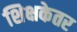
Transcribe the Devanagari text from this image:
शिक्षकेतर